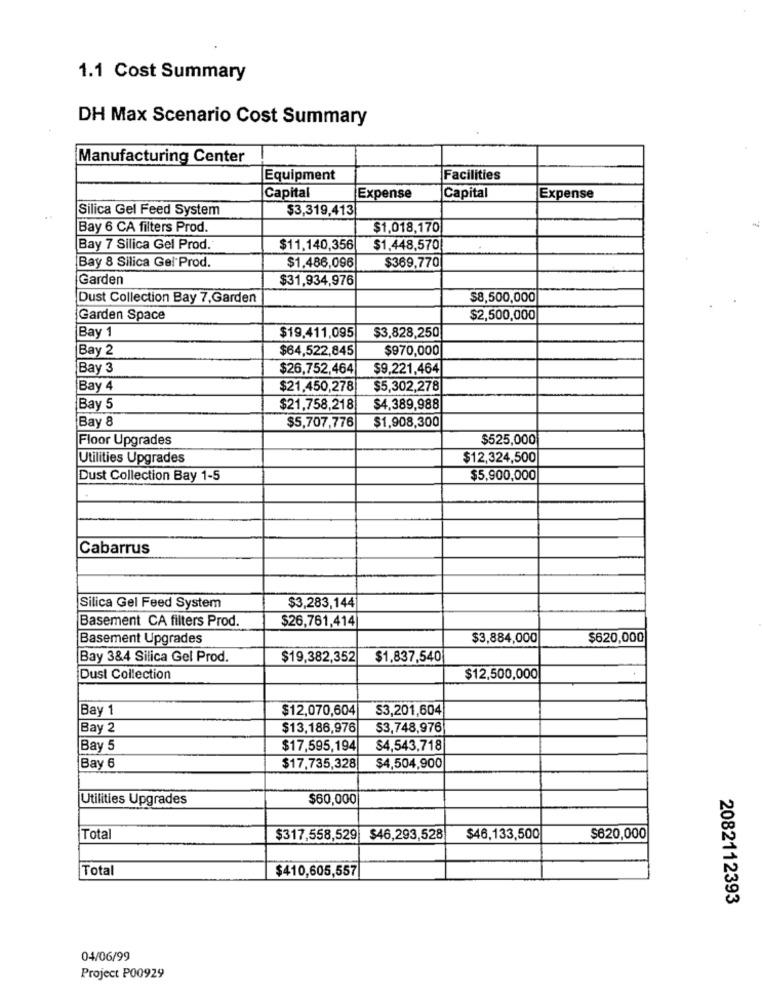
1.1 Cost Summary
DH Max Scenario Cost Summary
Manufacturing Center
Equipment
Facilities
Capital
Expense
Capital
Expense
Silica Gel Feed System
$3,319,413
Bay 6 CA filters Prod.
$1,018,170
Bay 7 Silica Gel Prod.
$11,140,356
$1.448,570
Bay 8 Silica Gel'Prod.
$369,770
$1.486,096
Garden
$31,934,976
Dust Collection Bay 7,Garden
$8,500,000
Garden Space
$2,500,000
Bay 1
$19.411,095
$3,828,250
Bay 2
$64,522,845
$970,000
Bay 3
$26,752,464
$9,221,464
Bay 4
$21,450,278
$5,302,278
|Bay 5
$21,758,218
$4,389,988
Bay 8
$5,707,776
$1,908,300
Floor Upgrades
$525,000
Utilities Upgrades
$12,324,500
Dust Collection Bay 1-5
$5,900,000
Cabarrus
$3,283,144
Silica Gel Feed System
Basement CA filters Prod.
$26,761,414
Basement Upgrades
$3,884,000
$620,000
Bay 3&4 Silica Gel Prod.
$19,382,352|
$1,837,540
Dust Collection
$12,500,000
Bay 1
$12,070,604
S3,201,604
Bay 2
$13,186,976
S3,748,976
Bay 5
$17,595,194
$4,543,718
Bay 6
$17,735,328
$4,504,900
Utilities Upgrades
$60,000
Total
$317,558,529 $46,293,528
$46,133,500
$620,000
Total
$410,605,557
2082112393
04/06/99
Project P00929